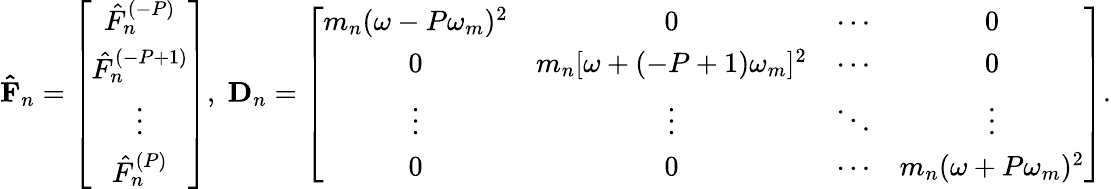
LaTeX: \mathbf{\hat{F}}_{n}=\left[\begin{array}{c}{\hat{F}_{n}^{(-P)}}\\ {\hat{F}_{n}^{(-P+1)}}\\ {\vdots}\\ {\hat{F}_{n}^{(P)}}\end{array}\right],\; \mathbf{D}_{n}=\left[\begin{array}{cccc}{m_{n}(\omega-P\omega_{m})^{2}}&{0}&{\cdots}&{0}\\ {0}&{m_{n}[\omega+(-P+1)\omega_{m}]^{2}}&{\cdots}&{0}\\ {\vdots}&{\vdots}&{\ddots}&{\vdots}\\ {0}&{0}&{\cdots}&{m_{n}(\omega+P\omega_{m})^{2}}\end{array}\right].